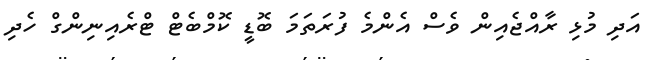
އަދި މުޅި ރާއްޖެއިން ވެސް އެންމެ ފުރަތަމަ ބޮޑީ ކޮމްބެޓް ޓްރެއިނިންގް ހެދި